Annual report of the Prince of Wales Medical College, Patna
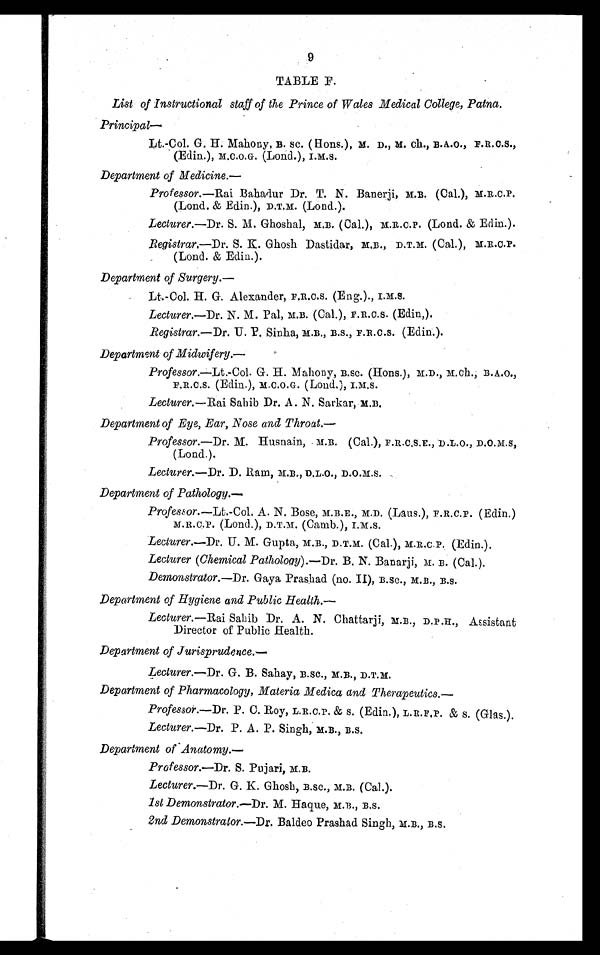
9
TABLE F.
List of Instructional staff of the Prince of Wales Medical College, Patna.
Principal—
Lt.-Col. G. H. Mahony, B . SC. (Hons.), M. D., M. Ch., B.A.O., F.R.C.S.,
(Edin.), M.C.O.G. (Lond.), I.M.S.
Department of Medicine. —
Professor. —Rai Bahadur Dr. T. N. Banerji, M .B. (Cal.), M.R.C.P.
(Lond. & Edin.), D.T.M. (Lond.).
Lecturer. —Dr. S. M. Ghoshal, M .B. (Cal.), M.R.C.P. (Lond. & Edin.).
Registrar. —Dr. S. K. Ghosh Dastidar, M.B., D.T.M.(Cal.), M.R.C.P.
(Lond. & Edin.).
Department of Surgery.
—
Lt.-Col. H. G. Alexander, F.R.C.S. (Eng.)., I.M.S.
Lecturer.—Dr. N. M. Pal, M .B. (Cal.), F.R.C.S. (Edin,).
Registrar. —Dr. U.P.Sinha, M.B., B.S., F.R.C.S. (Edin,).
Department of Midwifery. —
Professor.—Lt.-Col. G. H. Mahony, B.SC. (Hons.), M.D., M.Ch., B.A.O.,
F.R.C.S. (Edin.), M.C.O.G. (Lond.), I.M.S.
Lecturer. —Rai Sahib Dr. A. N. Sarkar, M.B.
Department of Eye, Ear, Nose and Throat.
—
Professor.—Dr. M. Husnain, M.B. (Cal.), F.R.C.S.E., D.L.O., D.O.M.S,
(Lond.).
Lecturer. —Dr. D. Ram, M.B.,D.L.O., D.O.M.S.
Department of Pathology. —
Professor. —Lt.-Col, A. N. Bose, M.B.E., M.D. (Laus.), F.R.C.P. (Edin.)
M.R.C.P. (Lond.), D.T.M. (Camb.), I.M.S.
Lecturer.—Dr.
U. M. Gupta, M.B., D.T.M. (Cal.), M.R.C.P. (Edin.).
Lecturer (Chemical Pathology). —Dr. B. N. Banarji, M. B. (Cal.).
Demonstrator. —Dr. Gaya Prashad (no. II), B.SC., M.B., B.S.
Department of Hygiene and Public Health.—
Lecturer. —Rai Sahib Dr. A. N. Chattarji, M.B., D.P.H., A ssistant
Director of Public Health.
Department of Jurisprudence.
—
Lecturer.—Dr. G. B. Sahay, B.SC., M.B., D.T.M.
Department of Pharmacology, Materia Medica and Therapeutics.
—
Professor. —Dr. P. C. Roy, L.R.C.P. & S. (Edin.), L.R.F.P. & S. (Glas.).
Lecturer. —Dr. P. A. P. Singh, M.B., B.S.
Department of Anatomy.—
Professor.—Dr . S. Pujari, M.B.
Lecturer.—Dr. G. K. Ghosh, B.SC., M.B. (Cal.).
1st Demonstrator. —Dr. M. Haque, M.B., B.S.
2nd Demonstrator. —Dr. Baldeo Prashad Singh, M.B., B.S.